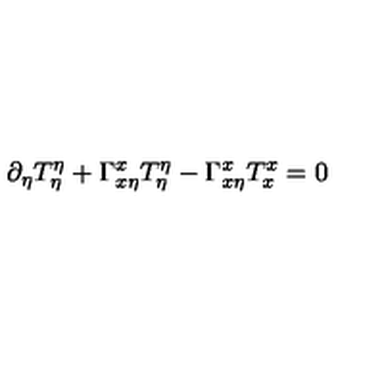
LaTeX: \partial _ { \eta } T _ { \eta } ^ { \eta } + \Gamma _ { x \eta } ^ { x } T _ { \eta } ^ { \eta } - \Gamma _ { x \eta } ^ { x } T _ { x } ^ { x } = 0